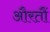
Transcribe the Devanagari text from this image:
औरतौं